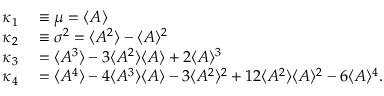
\begin{array} { r l } { \kappa _ { 1 } } & { { } \equiv \mu = \langle { A } \rangle { } } \\ { \kappa _ { 2 } } & { { } \equiv \sigma ^ { 2 } = \langle { A ^ { 2 } } \rangle { } - \langle { A } \rangle { } ^ { 2 } } \\ { \kappa _ { 3 } } & { { } = \langle { A ^ { 3 } } \rangle { } - 3 \langle { A ^ { 2 } } \rangle { } \langle { A } \rangle { } + 2 \langle { A } \rangle { } ^ { 3 } } \\ { \kappa _ { 4 } } & { { } = \langle { A ^ { 4 } } \rangle { } - 4 \langle { A ^ { 3 } } \rangle { } \langle { A } \rangle { } - 3 \langle { A ^ { 2 } } \rangle { } ^ { 2 } + 1 2 \langle { A ^ { 2 } } \rangle { } \langle { A } \rangle { } ^ { 2 } - 6 \langle { A } \rangle { } ^ { 4 } . } \end{array}